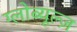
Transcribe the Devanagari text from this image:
ग्लोब्यूल्ज़